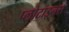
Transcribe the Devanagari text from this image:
प्लोटाइनस